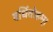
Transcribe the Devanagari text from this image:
वर्धितोहम्।